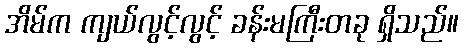
အိမ်က ကျယ်လွင့်လွင့် ခန်းမကြီးတခု ရှိသည်။